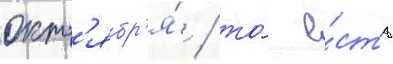
окт'ябр'я́ / то́ е́сть